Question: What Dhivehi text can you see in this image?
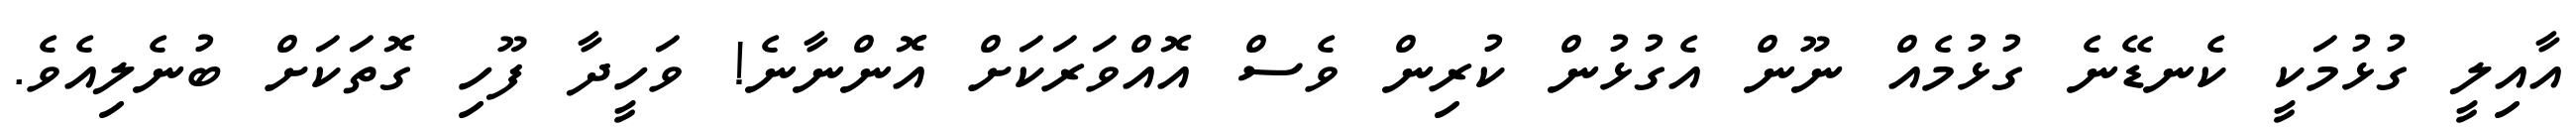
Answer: އާއިލީ ގުޅުމަކީ ކެނޑޭނެ ގުޅުމެއް ނޫން އެގުޅުން ކުރިން ވެސް އޮއްވަރަކަށް އޮންނާނެ! ވަހީދާ ފޫހި ގޮތަކަށް ބުނެލިއެވެ.